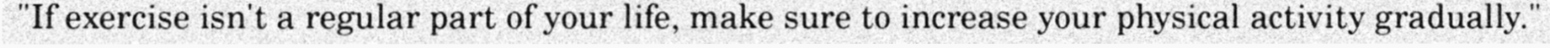
"If exercise isn't a regular part of your life, make sure to increase your physical activity gradually."